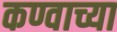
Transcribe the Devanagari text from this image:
कण्वाच्या